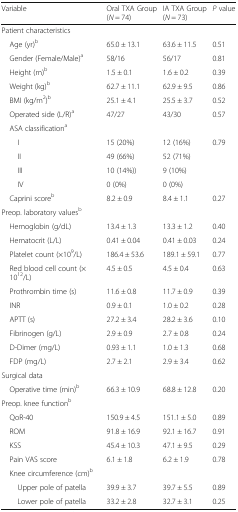
<table><thead><tr><td><b>Variable</b></td><td><b>Oral TXA Group (<i>N</i> = 74)</b></td><td><b>IA TXA Group (<i>N</i> = 73)</b></td><td><b><i>P</i> value</b></td></tr></thead><tbody><tr><td colspan="4">Patient characteristics</td></tr><tr><td> Age (yr)<sup>b</sup></td><td>65.0 ± 13.1</td><td>63.6 ± 11.5</td><td>0.51</td></tr><tr><td> Gender (Female/Male)<sup>a</sup></td><td>58/16</td><td>56/17</td><td>0.81</td></tr><tr><td> Height (m)<sup>b</sup></td><td>1.5 ± 0.1</td><td>1.6 ± 0.2</td><td>0.39</td></tr><tr><td> Weight (kg)<sup>b</sup></td><td>62.7 ± 11.1</td><td>62.9 ± 9.5</td><td>0.86</td></tr><tr><td> BMI (kg/m<sup>2</sup>)<sup>b</sup></td><td>25.1 ± 4.1</td><td>25.5 ± 3.7</td><td>0.52</td></tr><tr><td> Operated side (L/R)<sup>a</sup></td><td>47/27</td><td>43/30</td><td>0.57</td></tr><tr><td colspan="4"> ASA classification<sup>a</sup></td></tr><tr><td>I</td><td>15 (20%)</td><td>12 (16%)</td><td>0.79</td></tr><tr><td>II</td><td>49 (66%)</td><td>52 (71%)</td><td></td></tr><tr><td>III</td><td>10 (14%))</td><td>9 (10%)</td><td></td></tr><tr><td>IV</td><td>0 (0%)</td><td>0 (0%)</td><td></td></tr><tr><td> Caprini score<sup>b</sup></td><td>8.2 ± 0.9</td><td>8.4 ± 1.1</td><td>0.27</td></tr><tr><td colspan="4">Preop. laboratory values<sup>b</sup></td></tr><tr><td> Hemoglobin (g/dL)</td><td>13.4 ± 1.3</td><td>13.3 ± 1.2</td><td>0.40</td></tr><tr><td> Hematocrit (L/L)</td><td>0.41 ± 0.04</td><td>0.41 ± 0.03</td><td>0.24</td></tr><tr><td> Platelet count (×10<sup>9</sup>/L)</td><td>186.4 ± 53.6</td><td>189.1 ± 59.1</td><td>0.77</td></tr><tr><td> Red blood cell count (× 10<sup>12</sup>/L)</td><td>4.5 ± 0.5</td><td>4.5 ± 0.4</td><td>0.63</td></tr><tr><td> Prothrombin time (s)</td><td>11.6 ± 0.8</td><td>11.7 ± 0.9</td><td>0.39</td></tr><tr><td> INR</td><td>0.9 ± 0.1</td><td>1.0 ± 0.2</td><td>0.28</td></tr><tr><td> APTT (s)</td><td>27.2 ± 3.4</td><td>28.2 ± 3.6</td><td>0.10</td></tr><tr><td> Fibrinogen (g/L)</td><td>2.9 ± 0.9</td><td>2.7 ± 0.8</td><td>0.24</td></tr><tr><td> D-Dimer (mg/L)</td><td>0.93 ± 1.1</td><td>1.0 ± 1.3</td><td>0.68</td></tr><tr><td> FDP (mg/L)</td><td>2.7 ± 2.1</td><td>2.9 ± 3.4</td><td>0.62</td></tr><tr><td colspan="4">Surgical data</td></tr><tr><td> Operative time (min)<sup>b</sup></td><td>66.3 ± 10.9</td><td>68.8 ± 12.8</td><td>0.20</td></tr><tr><td colspan="4">Preop. knee function<sup>b</sup></td></tr><tr><td> QoR-40</td><td>150.9 ± 4.5</td><td>151.1 ± 5.0</td><td>0.89</td></tr><tr><td> ROM</td><td>91.8 ± 16.9</td><td>92.1 ± 16.7</td><td>0.91</td></tr><tr><td> KSS</td><td>45.4 ± 10.3</td><td>47.1 ± 9.5</td><td>0.29</td></tr><tr><td> Pain VAS score</td><td>6.1 ± 1.8</td><td>6.2 ± 1.9</td><td>0.78</td></tr><tr><td colspan="4"> Knee circumference (cm)<sup>b</sup></td></tr><tr><td>Upper pole of patella</td><td>39.9 ± 3.7</td><td>39.7 ± 5.5</td><td>0.89</td></tr><tr><td>Lower pole of patella</td><td>33.2 ± 2.8</td><td>32.7 ± 3.1</td><td>0.25</td></tr></tbody></table>